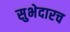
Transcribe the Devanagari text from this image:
सुभेदारच